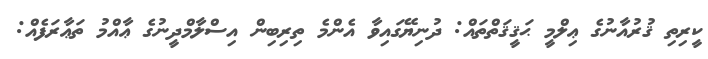
ކީރިތި ޤުރުއާނުގެ ޢިލްމީ ޙަޤީޤަތްތައް: ދުނިޔޭގައިވާ އެންމެ ތިރިބިން އިސްލާމްދީނުގެ ޢާއްމު ތަޢާރަފެއް: